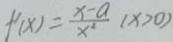
f ^ { \prime } ( x ) = \frac { x - a } { x ^ { 2 } } ( x > 0 )